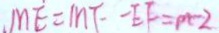
M E = M F - E F = p - 2